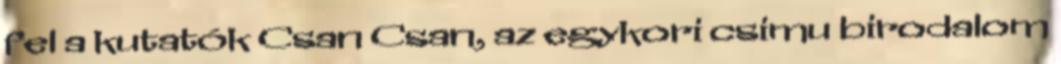
fel a kutatók Csan Csan, az egykori csimu birodalom